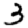
Digit: 3